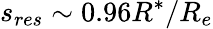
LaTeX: s_{res}\sim 0.96R^{*}/R_{e}